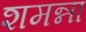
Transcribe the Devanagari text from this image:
शमन्ना